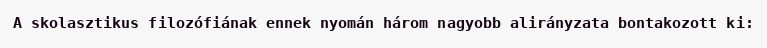
A skolasztikus filozófiának ennek nyomán három nagyobb alirányzata bontakozott ki: